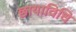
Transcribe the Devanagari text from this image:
छायाविधि